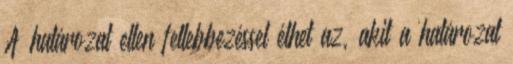
A határozat ellen fellebbezéssel élhet az, akit a határozat